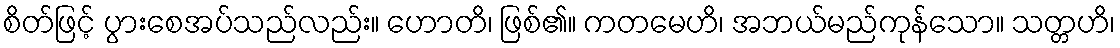
စိတ်ဖြင့် ပွားစေအပ်သည်လည်း။ ဟောတိ၊ ဖြစ်၏။ ကတမေဟိ၊ အဘယ်မည်ကုန်သော။ သတ္တဟိ၊